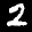
Label: 2